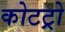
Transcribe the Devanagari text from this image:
कोटट्रो